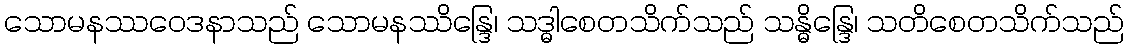
သောမနဿဝေဒနာသည် သောမနဿိန္ဒြေ၊ သဒ္ဓါစေတသိက်သည် သန္ဓိန္ဒြေ၊ သတိစေတသိက်သည်